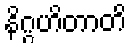
နိဂ္ဂဟိတာတိ